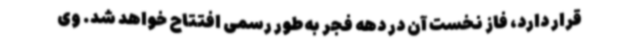
قرار دارد، فاز نخست آن در دهه فجر به‌طور رسمی افتتاح خواهد شد. وی